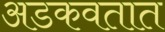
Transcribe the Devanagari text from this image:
अडकवतात